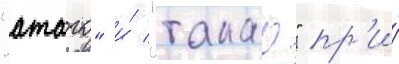
"атаго" и́ "такао" пр'и́